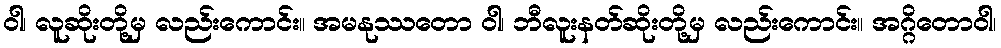
ဝါ၊ လူဆိုးတို့မှ လည်းကောင်း။ အမနုဿတော ဝါ၊ ဘီလူးနတ်ဆိုးတို့မှ လည်းကောင်း။ အဂ္ဂိတောဝါ၊